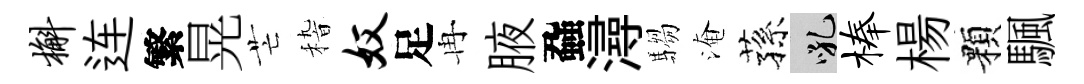
槲连繁晃芒𥟵奴足冉腋蝨潯騶淹蓀吼榛楊顆颿